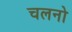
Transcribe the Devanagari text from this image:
चलनो